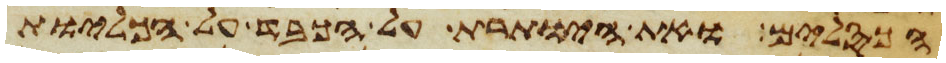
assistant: הכסלים ואת היותרת על הכבד על הכליות